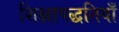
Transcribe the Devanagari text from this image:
शिक्षापद्धतियाँ